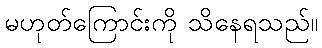
မဟုတ်ကြောင်းကို သိနေရသည်။